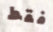
فقط